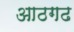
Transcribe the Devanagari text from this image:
आठगढ